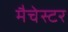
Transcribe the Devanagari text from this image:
मैचेस्टर